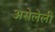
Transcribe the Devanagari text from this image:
असेलेली